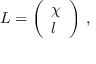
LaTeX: L = { \left( \begin{array} { l } { \chi } \\ { l } \end{array} \right) } ~ ,